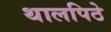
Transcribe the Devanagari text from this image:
थालपिठे